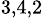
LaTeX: ^{3,4,2}